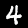
Digit: 4